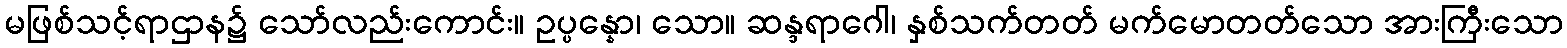
မဖြစ်သင့်ရာဌာန၌ သော်လည်းကောင်း။ ဥပ္ပန္နော၊ သော။ ဆန္ဒရာဂေါ၊ နှစ်သက်တတ် မက်မောတတ်သော အားကြီးသော